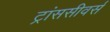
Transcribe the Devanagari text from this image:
ट्रांससीवर्स